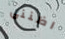
اظنني